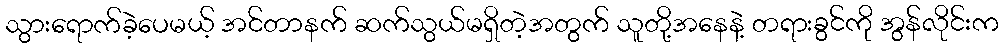
သွားရောက်ခဲ့ပေမယ့် အင်တာနက် ဆက်သွယ်မရှိတဲ့အတွက် သူတို့အနေနဲ့ တရားခွင်ကို အွန်လိုင်းက